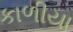
કાળીયા